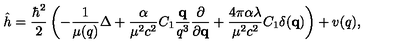
\hat { h } = \frac { \hbar ^ { 2 } } { 2 } \left( - \frac { 1 } { \mu ( q ) } \Delta + \frac { \alpha } { \mu ^ { 2 } c ^ { 2 } } C _ { 1 } \frac { { \bf q } } { q ^ { 3 } } \frac { \partial } { \partial { \bf q } } + \frac { 4 \pi \alpha \lambda } { \mu ^ { 2 } c ^ { 2 } } C _ { 1 } \delta ( { \bf q } ) \right) + v ( q ) ,